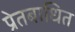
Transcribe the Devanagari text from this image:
प्रेतबाधित